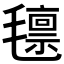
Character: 𭯨